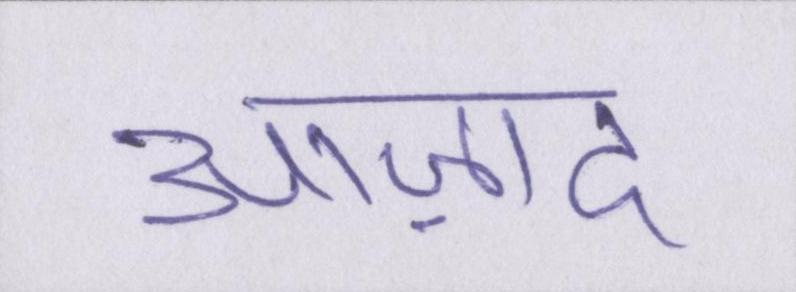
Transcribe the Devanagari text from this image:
आज़ाद